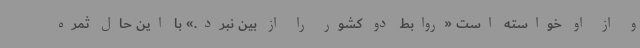
و از او خواسته ‌است «روابط دو کشور را از بین نبرد.» با این‌ حال ثمره‌